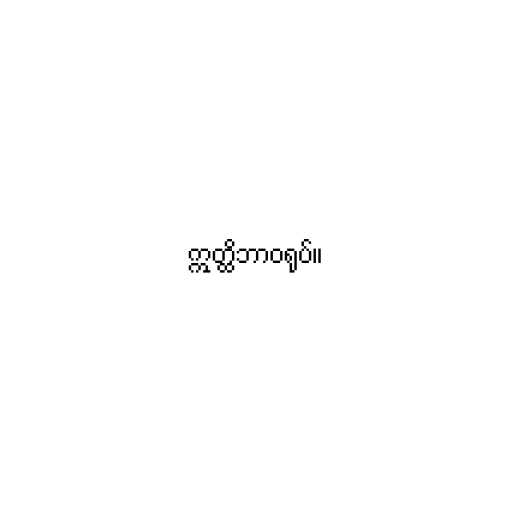
ဣတ္ထိဘာဝရုပ်။